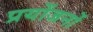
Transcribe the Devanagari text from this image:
प्रयोंजनों